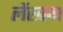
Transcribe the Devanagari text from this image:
लेंखन